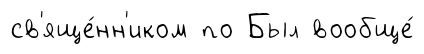
св'яще́нн'иком по Был вообще́